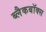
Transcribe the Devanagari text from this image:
ब्लैकबॉक्स